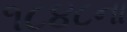
૧૮૪૮ના